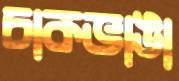
চাকভাঙা